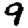
Digit: 9